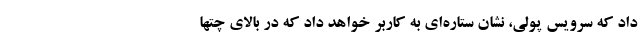
داد که سرویس پولی، نشان ستاره‌ای به کاربر خواهد داد که در بالای چتها